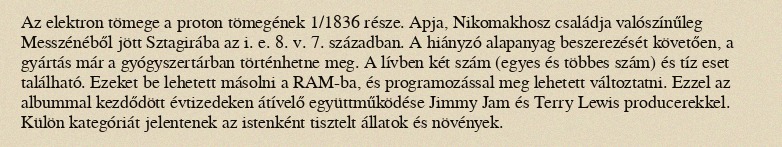
Az elektron tömege a proton tömegének 1/1836 része. Apja, Nikomakhosz családja valószínűleg Messzénéből jött Sztagirába az i. e. 8. v. 7. században. A hiányzó alapanyag beszerezését követően, a gyártás már a gyógyszertárban történhetne meg. A lívben két szám (egyes és többes szám) és tíz eset található. Ezeket be lehetett másolni a RAM-ba, és programozással meg lehetett változtatni. Ezzel az albummal kezdődött évtizedeken átívelő együttműködése Jimmy Jam és Terry Lewis producerekkel. Külön kategóriát jelentenek az istenként tisztelt állatok és növények.